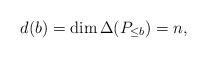
LaTeX: \begin{align*}d(b)=\dim \Delta(P_{\le b}) = n,\end{align*}